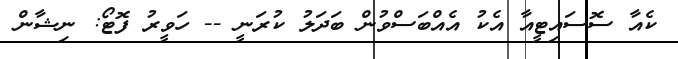
ކެއާ ސޮސައިޓީއާ އެކު އެއްބަސްވުން ބަދަލު ކުރަނީ -- ހަވީރު ފޮޓޯ: ނިޝާން